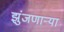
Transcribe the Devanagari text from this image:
झुंजणाऱ्या